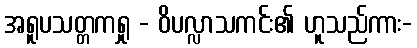
အရူပသတ္တကရှု - ဝိပလ္လာသကင်း၏ ဟူသည်ကား-